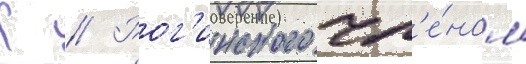
К // Рог'инского чл'е́ном